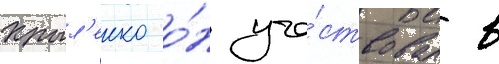
Крыл'енко о́н уча́ствовал в